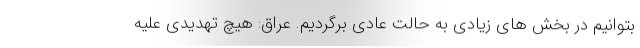
بتوانیم در بخش های زیادی به حالت عادی برگردیم. عراق: هیچ تهدیدی علیه